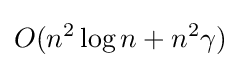
O(n^{2}\log {n}+n^{2}\gamma )